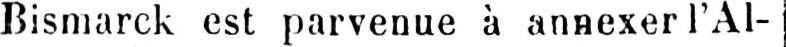
Bismarck est parvenue à annexer l’Al-